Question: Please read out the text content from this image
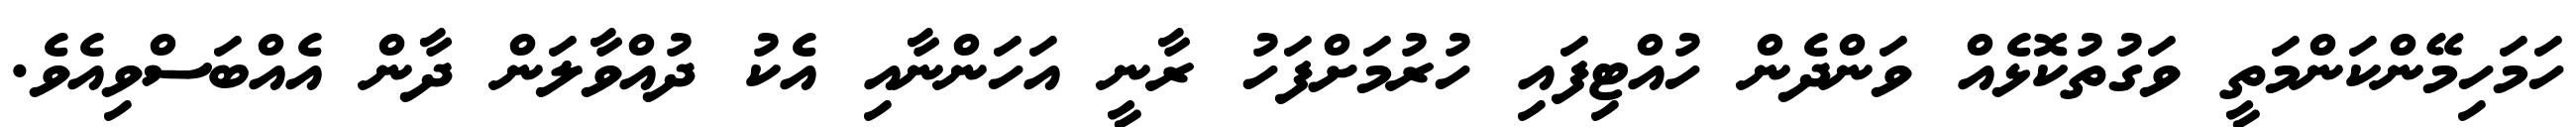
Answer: ހަމަހިމޭންކަންމަތީ ވަގުތުކޮޅެއް ވަންދެން ހުއްޓިފައި ހުރުމަށްފަހު ރާނީ އަހަންނާއި އެކު ދުއްވާލަން ދާން އެއްބަސްވިއެވެ.